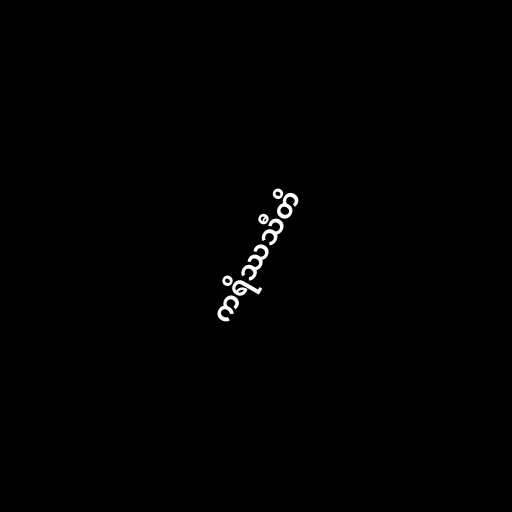
ကရိဿသီတိ